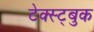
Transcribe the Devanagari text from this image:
टेक्स्ट्बुक